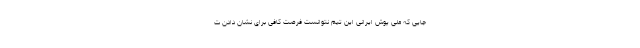
جایی که ملی پوش ایرانی این تیم نتوانست فرصت کافی برای نشان دادن ت